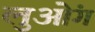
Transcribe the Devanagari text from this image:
लुओंग